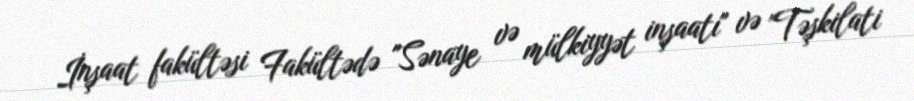
İnşaat fakültəsi Fakültədə "Sənaye və mülkiyyət inşaatı" və "Təşkilati